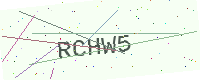
Text: RCHW5